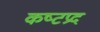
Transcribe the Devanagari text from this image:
कष्‍टप्रद